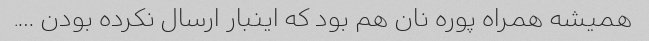
همیشه همراه پوره نان هم بود که اینبار ارسال نکرده بودن ….